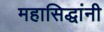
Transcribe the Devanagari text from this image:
महासिद्धांनी